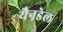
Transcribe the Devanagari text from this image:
यैनडेल